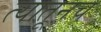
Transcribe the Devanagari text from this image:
त्‍यातूनच